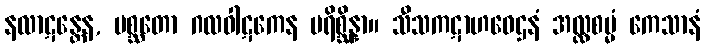
နလာဋန္တေန, ပစ္ဆတော ဂလဝါဋကေန ပရိစ္ဆိန္နာ။ သီသကဋာဟဝေဌနံ အလ္လစမ္မံ ကေသာနံ